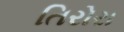
તિરોરા